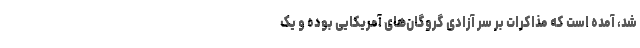
شد، آمده است که مذاکرات بر سر آزادی گروگان‌های آمریکایی بوده و یک